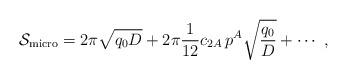
LaTeX: \begin{align*}{\cal S}_{\rm micro}=2\pi\sqrt{q_0 D}+2 \pi {1\over 12}c_{2A}\,p^A\sqrt{{q_0\over D}} + \cdots \ ,\end{align*}